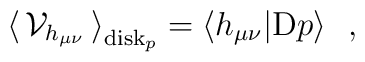
\big\langle\,{\cal V}_{h_{\mu\nu}}\,\big\rangle_{{\rm disk}_p} =\langle h_{\mu\nu}|{\rm D}p\rangle~~,